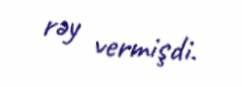
rəy vermişdi.